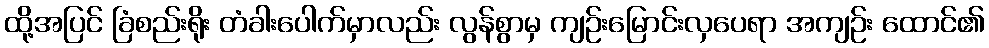
ထို့အပြင် ခြံစည်းရိုး တံခါးပေါက်မှာလည်း လွန်စွာမှ ကျဉ်းမြောင်းလှပေရာ အကျဉ်း ထောင်၏